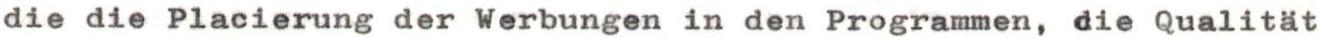
die die Placierung der Werbungen in den Programmen, die Qualität